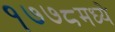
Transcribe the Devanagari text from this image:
१७७८मध्ये